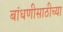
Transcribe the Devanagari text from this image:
बांधणीसाठीच्या